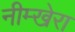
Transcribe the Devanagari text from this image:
नीम्खेरा